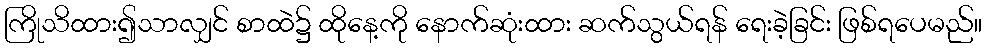
ကြိုသိထား၍သာလျှင် စာထဲ၌ ထိုနေ့ကို နောက်ဆုံးထား ဆက်သွယ်ရန် ရေးခဲ့ခြင်း ဖြစ်ရပေမည်။